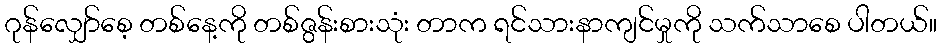
ဂုန်လျှော်စေ့ တစ်နေ့ကို တစ်ဇွန်းစားသုံး တာက ရင်သားနာကျင်မှုကို သက်သာစေ ပါတယ်။